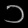
Digit: ၁